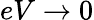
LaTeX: eV\rightarrow 0